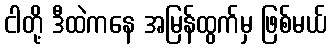
ငါတို့ ဒီထဲကနေ အမြန်ထွက်မှ ဖြစ်မယ်